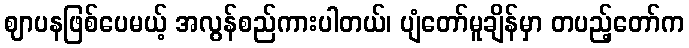
ဈာပနဖြစ်ပေမယ့် အလွန်စည်ကားပါတယ်၊ ပျံတော်မူချိန်မှာ တပည့်တော်က